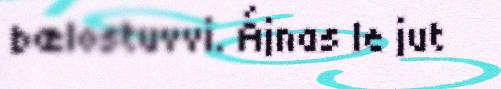
bælostuvvi. Ájnas le jut